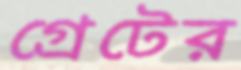
গ্রেটের